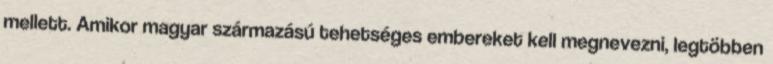
mellett. Amikor magyar származású tehetséges embereket kell megnevezni, legtöbben